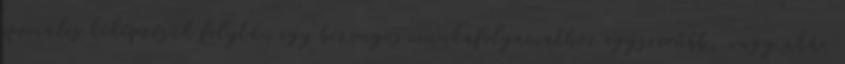
speciális kiképzésük folytán egy bizonyos munkafolyamathoz egyszerűbb, vagy akár